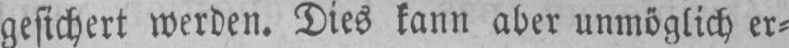
gesichert werden. Dies kann aber unmöglich er⸗